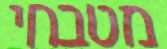
מטבחי